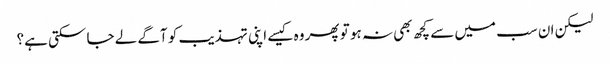
لیکن ان سب میں سے کچھ بھی نہ ہو تو پھر وہ کیسے اپنی تہذیب کو آگے لے جا سکتی ہے؟